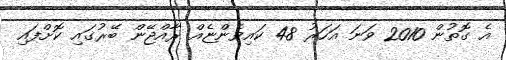
އެ ގޮތުން 2010 ވަނަ އަހަރު 48 ކައިވެންޏެއް ރާއްޖޭން ބޭރުގައި ކޮށްފައި